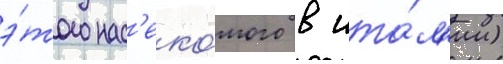
э́того нас'еко́мого в ита́л'ии)